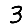
Digit: 3